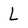
Character: L